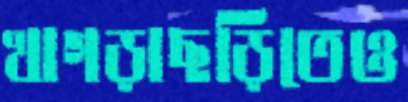
খাগড়াছড়িতেও